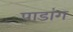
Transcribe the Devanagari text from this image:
पाडांग